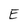
Character: E